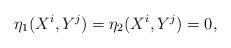
LaTeX: \begin{align*}\eta_{1}(X^{i},Y^{j})=\eta_{2}(X^{i},Y^{j})=0,\end{align*}